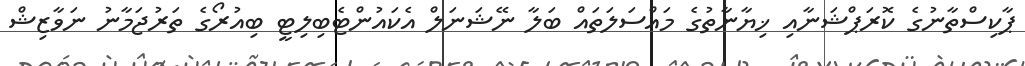
ޕާކިސްތާނުގެ ކޮރަޕްޝަނާއި ޚިޔާނާތުގެ މައްސަލަތައް ބަލާ ނޭޝަނަލް އެކައުންޓެބިލިޓީ ބިއުރޯގެ ތަރުޖަމާނު ނަވާޒިޝް